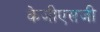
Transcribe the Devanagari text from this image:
केजीएसजी